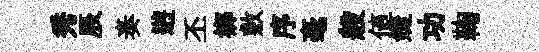
秀辰奏逰丕鄕敷序毫般值婕功鞠